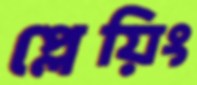
প্লেয়িং